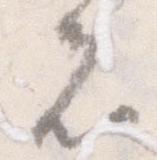
者